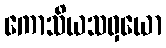
ကောသိယသဝှယော